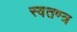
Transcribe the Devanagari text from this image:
स्वतण्त्र